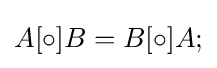
{A}[\circ ]{B}={B}[\circ ]{A};